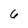
Character: 6